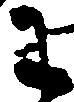
わ